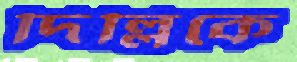
দিল্লিকে